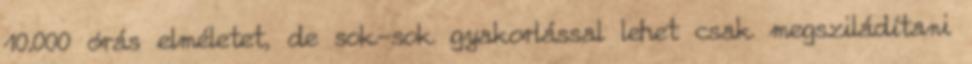
10.000 órás elméletet, de sok-sok gyakorlással lehet csak megsziládítani